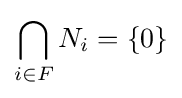
\bigcap _{i\in F}N_{i}=\{0\}